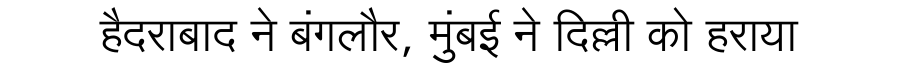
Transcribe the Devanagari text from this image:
हैदराबाद ने बंगलौर, मुंबई ने दिल्ली को हराया